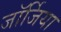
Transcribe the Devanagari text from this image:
जाॅर्जिया